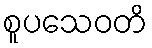
စူပသေဝတိ